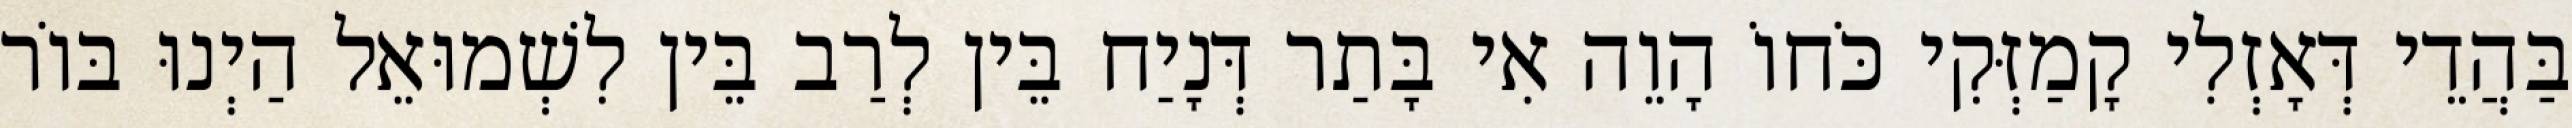
בַּהֲדֵי דְּאָזְלִי קָמַזְּקִי כֹּחוֹ הָוֵה אִי בָּתַר דְּנָיַח בֵּין לְרַב בֵּין לִשְׁמוּאֵל הַיְנוּ בּוֹר